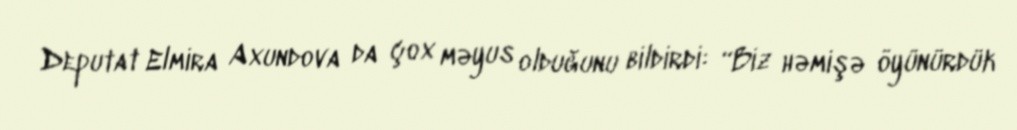
Deputat Elmira Axundova da çox məyus olduğunu bildirdi: “Biz həmişə öyünürdük